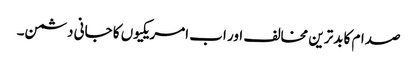
صدام کا بدترین مخالف اور اب امریکیوں کا جانی دشمن۔